Indian journal of veterinary science and animal husbandry - Volumes 18-21, 1948-1951
Year: 1948
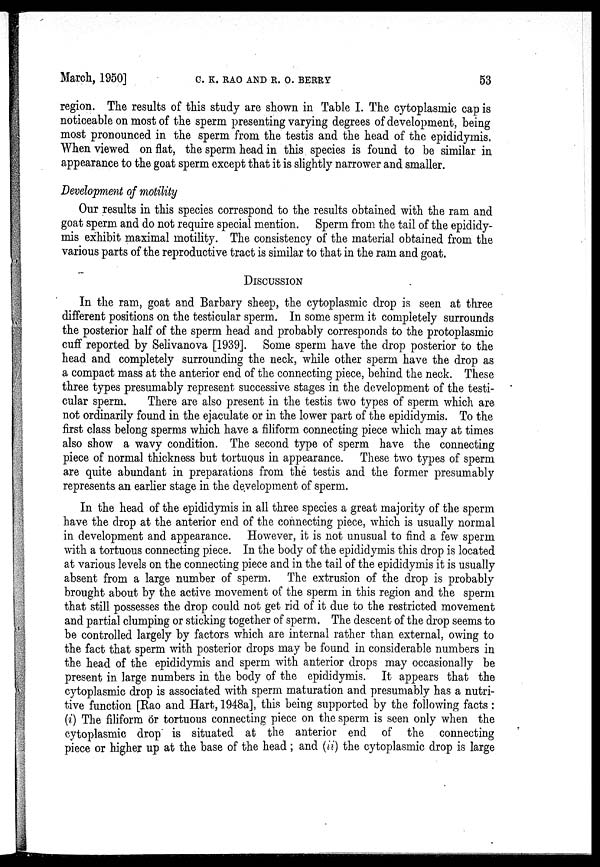
March, 1950]
C.
K.
RAO
AND
R.
O.
BERRY
53
region. The results of this study are shown in Table I. The cytoplasmic cap is
noticeable on most of the sperm presenting varying degrees of development, being
most pronounced in the sperm from the testis and the head of the epididymis.
When viewed on flat, the sperm head in this species is found to be similar in
appearance to the goat sperm except that it is slightly narrower and smaller.
Development of motility
Our results in this species correspond to the results obtained with the ram and
goat sperm and do not require special mention. Sperm from the tail of the epididy-
mis exhibit maximal motility. The consistency of the material obtained from the
various parts of the reproductive tract is similar to that in the ram and goat.
DISCUSSION
In the ram, goat and Barbary sheep, the cytoplasmic drop is seen at three
different positions on the testicular sperm. In some sperm it completely surrounds
the posterior half of the sperm head and probably corresponds to the protoplasmic
cuff reported by Selivanova [1939]. Some sperm have the drop posterior to the
head and completely surrounding the neck, while other sperm have the drop as
a compact mass at the anterior end of the connecting piece, behind the neck. These
three types presumably represent successive stages in the development of the testi-
cular sperm.
There are also present in the testis two types of sperm which are
not ordinarily found in the ejaculate or in the lower part of the epididymis. To the
first class belong sperms which have a filiform connecting piece which may at times
also show a wavy condition. The second type of sperm have the connecting
piece of normal thickness but tortuous in appearance. These two types of sperm
are quite abundant in preparations from the testis and the former presumably
represents an earlier stage in the development of sperm.
In the head of the epididymis in all three species a great majority of the sperm
have the drop at the anterior end of the connecting piece, which is usually normal
in development and appearance. However, it is not unusual to find a few sperm
with a tortuous connecting piece. In the body of the epididymis this drop is located
at various levels on the connecting piece and in the tail of the epididymis it is usually
absent from a large number of sperm. The extrusion of the drop is probably
brought about by the active movement of the sperm in this region and the sperm
that still possesses the drop could not get rid of it due to the restricted movement
and partial clumping or sticking together of sperm. The descent of the drop seems to
be controlled largely by factors which are internal rather than external, owing to
the fact that sperm with posterior drops may be found in considerable numbers in
the head of the epididymis and sperm with anterior drops may occasionally be
present in large numbers in the body of the epididymis. It appears that the
cytoplasmic drop is associated with sperm maturation and presumably has a nutri-
tive function [Rao and Hart, 1948a], this being supported by the following facts :
(i) The filiform or tortuous connecting piece on the sperm is seen only when the
cytoplasmic drop is situated at the anterior end of the connecting
piece or higher up at the base of the head ; and (ii) the cytoplasmic drop is large